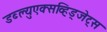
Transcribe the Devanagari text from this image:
डब्ल्युएक्सव्हिड्जेट्स